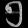
Digit: ၅